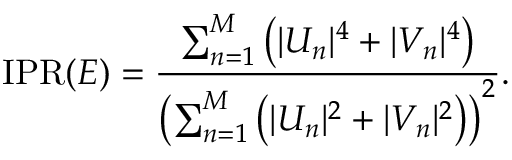
\mathrm { I P R } ( E ) = \frac { \sum _ { n = 1 } ^ { M } \left( | U _ { n } | ^ { 4 } + | V _ { n } | ^ { 4 } \right) } { \left( \sum _ { n = 1 } ^ { M } \left( | U _ { n } | ^ { 2 } + | V _ { n } | ^ { 2 } \right) \right) ^ { 2 } } .